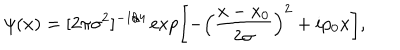
\psi ( x ) = [ 2 \pi \sigma ^ { 2 } ] ^ { - 1 / 4 } \exp \left[ - \left( \frac { x - x _ { 0 } } { 2 \sigma } \right) ^ { 2 } + i p _ { 0 } x \right] ,